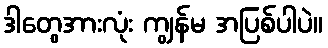
ဒါတွေအားလုံး ကျွန်မ အပြစ်ပါပဲ။